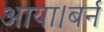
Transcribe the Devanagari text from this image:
आया।बर्न